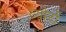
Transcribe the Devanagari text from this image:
व्योरों